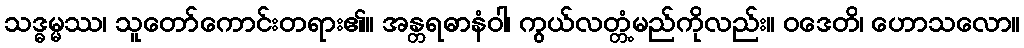
သဒ္ဓမ္မဿ၊ သူတော်ကောင်းတရား၏။ အန္တရဓာနံဝါ၊ ကွယ်လတ္တံ့မည်ကိုလည်း။ ဝဒေတိ၊ ဟောသလော။